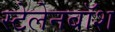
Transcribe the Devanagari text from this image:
स्टेलेनबॉश